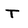
Character: T